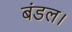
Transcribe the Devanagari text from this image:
बंडल।